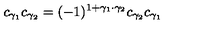
c _ { \gamma _ { 1 } } c _ { \gamma _ { 2 } } = ( - 1 ) ^ { 1 + \gamma _ { 1 } \cdot \gamma _ { 2 } } c _ { \gamma _ { 2 } } c _ { \gamma _ { 1 } }